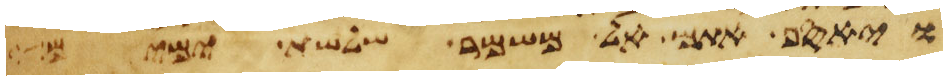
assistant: ויאסף אתם אל משמר שלשת ימים